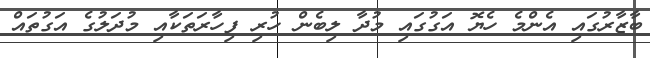
ބާޒާރުގައި އެންމެ ހެޔޮ އަގުގައި މުދާ ލިބެން ހުރި ފިހާރަތަކާއި މުދަލުގެ އަގުތައް